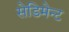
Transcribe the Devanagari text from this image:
सेडिमेन्ट